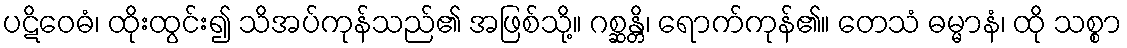
ပဋိဝေဓံ၊ ထိုးထွင်း၍ သိအပ်ကုန်သည်၏ အဖြစ်သို့။ ဂစ္ဆန္တိ၊ ရောက်ကုန်၏။ တေသံ ဓမ္မာနံ၊ ထို သစ္စာ